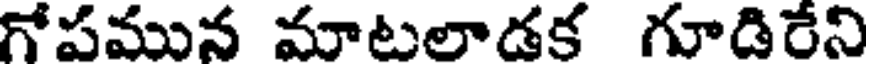
గోపమున మాటలాడక గూడిరేని